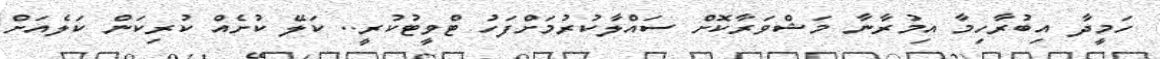
ހަމީދާ އިބުރާހިމާ އިމުރާނާ މަޝްވަރާކޮށް ސައްލާކުރުމަށްފަހު ޓްވީޓުކުރީ.. ކަލޭ ކުށެއް ކުރިކަން ކަލެއަށް